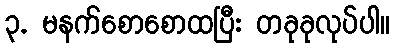
၃. မနက်စောစောထပြီး တခုခုလုပ်ပါ။